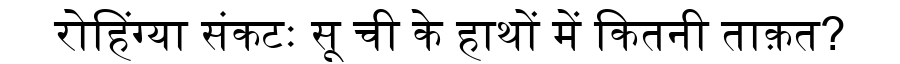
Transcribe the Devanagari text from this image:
रोहिंग्या संकटः सू ची के हाथों में कितनी ताक़त?